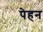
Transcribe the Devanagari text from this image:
पेहन